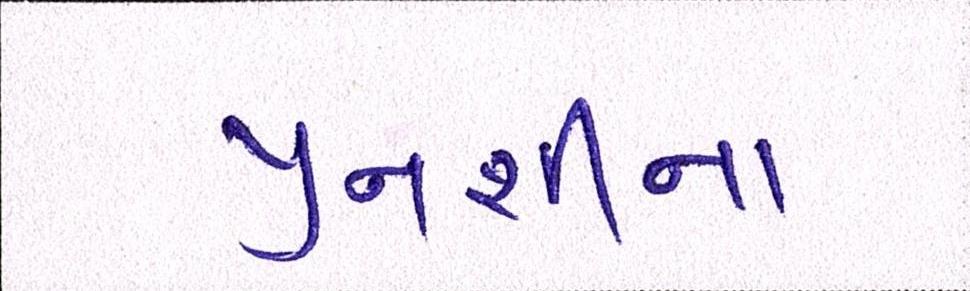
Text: પુનશીના